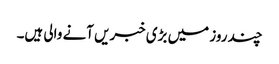
چند روز میں بڑی خبریں آنے والی ہیں۔